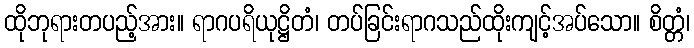
ထိုဘုရားတပည့်အား။ ရာဂပရိယုဋ္ဌိတံ၊ တပ်ခြင်းရာဂသည်ထိုးကျင့်အပ်သော။ စိတ္တံ၊